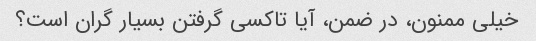
خیلی ممنون، در ضمن، آیا تاکسی گرفتن بسیار گران است؟